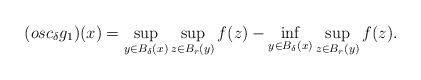
LaTeX: \begin{align*}(osc_\delta g_1)(x) =\sup_{y\in B_\delta (x)} \sup_{z\in B_r (y) } f(z) - \inf_{y\in B_\delta (x)} \sup_{z\in B_r (y)} f(z).\end{align*}